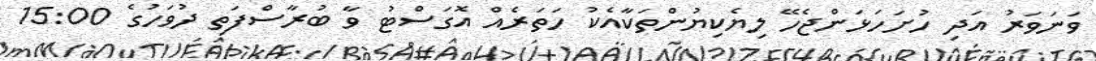
ވަނަވަރު އަދި ހުށަހަޅަންޖެހޭ ލިޔެކިޔުންތަކާއެކު ހަތަރެއް އޮގަސްޓު ވާ ބުރާސްފަތި ދުވަހުގެ 15:00